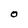
Character: O